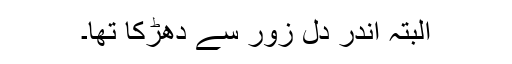
البتہ اندر دل زور سے دھڑکا تھا۔